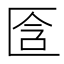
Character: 𠤿